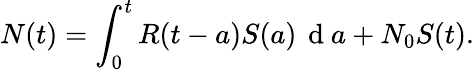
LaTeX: N(t)=\int_{0}^{t}{R(t-a)S(a)\, \mathrm{~d~}a}+{{N}_{0}}S(t).